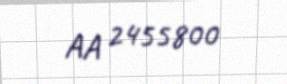
AA 2455800